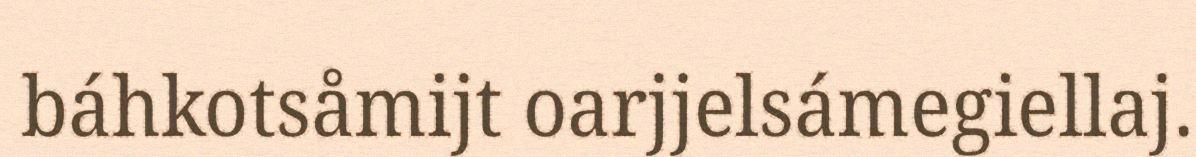
báhkotsåmijt oarjjelsámegiellaj.